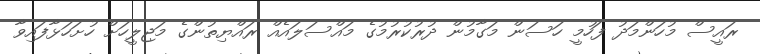
ރައީސް މުހަންމަދު ފަހުމީ ހަސަން މަގާމުން ދުރުކުރުމުގެ މައްސަލައެއް ރައްޔިތުންގެ މަޖިލީހަށް ހުށަހަޅާފައިވާ